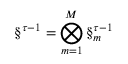
\S ^ { \tau - 1 } = \bigotimes _ { m = 1 } ^ { M } \S _ { m } ^ { \tau - 1 }